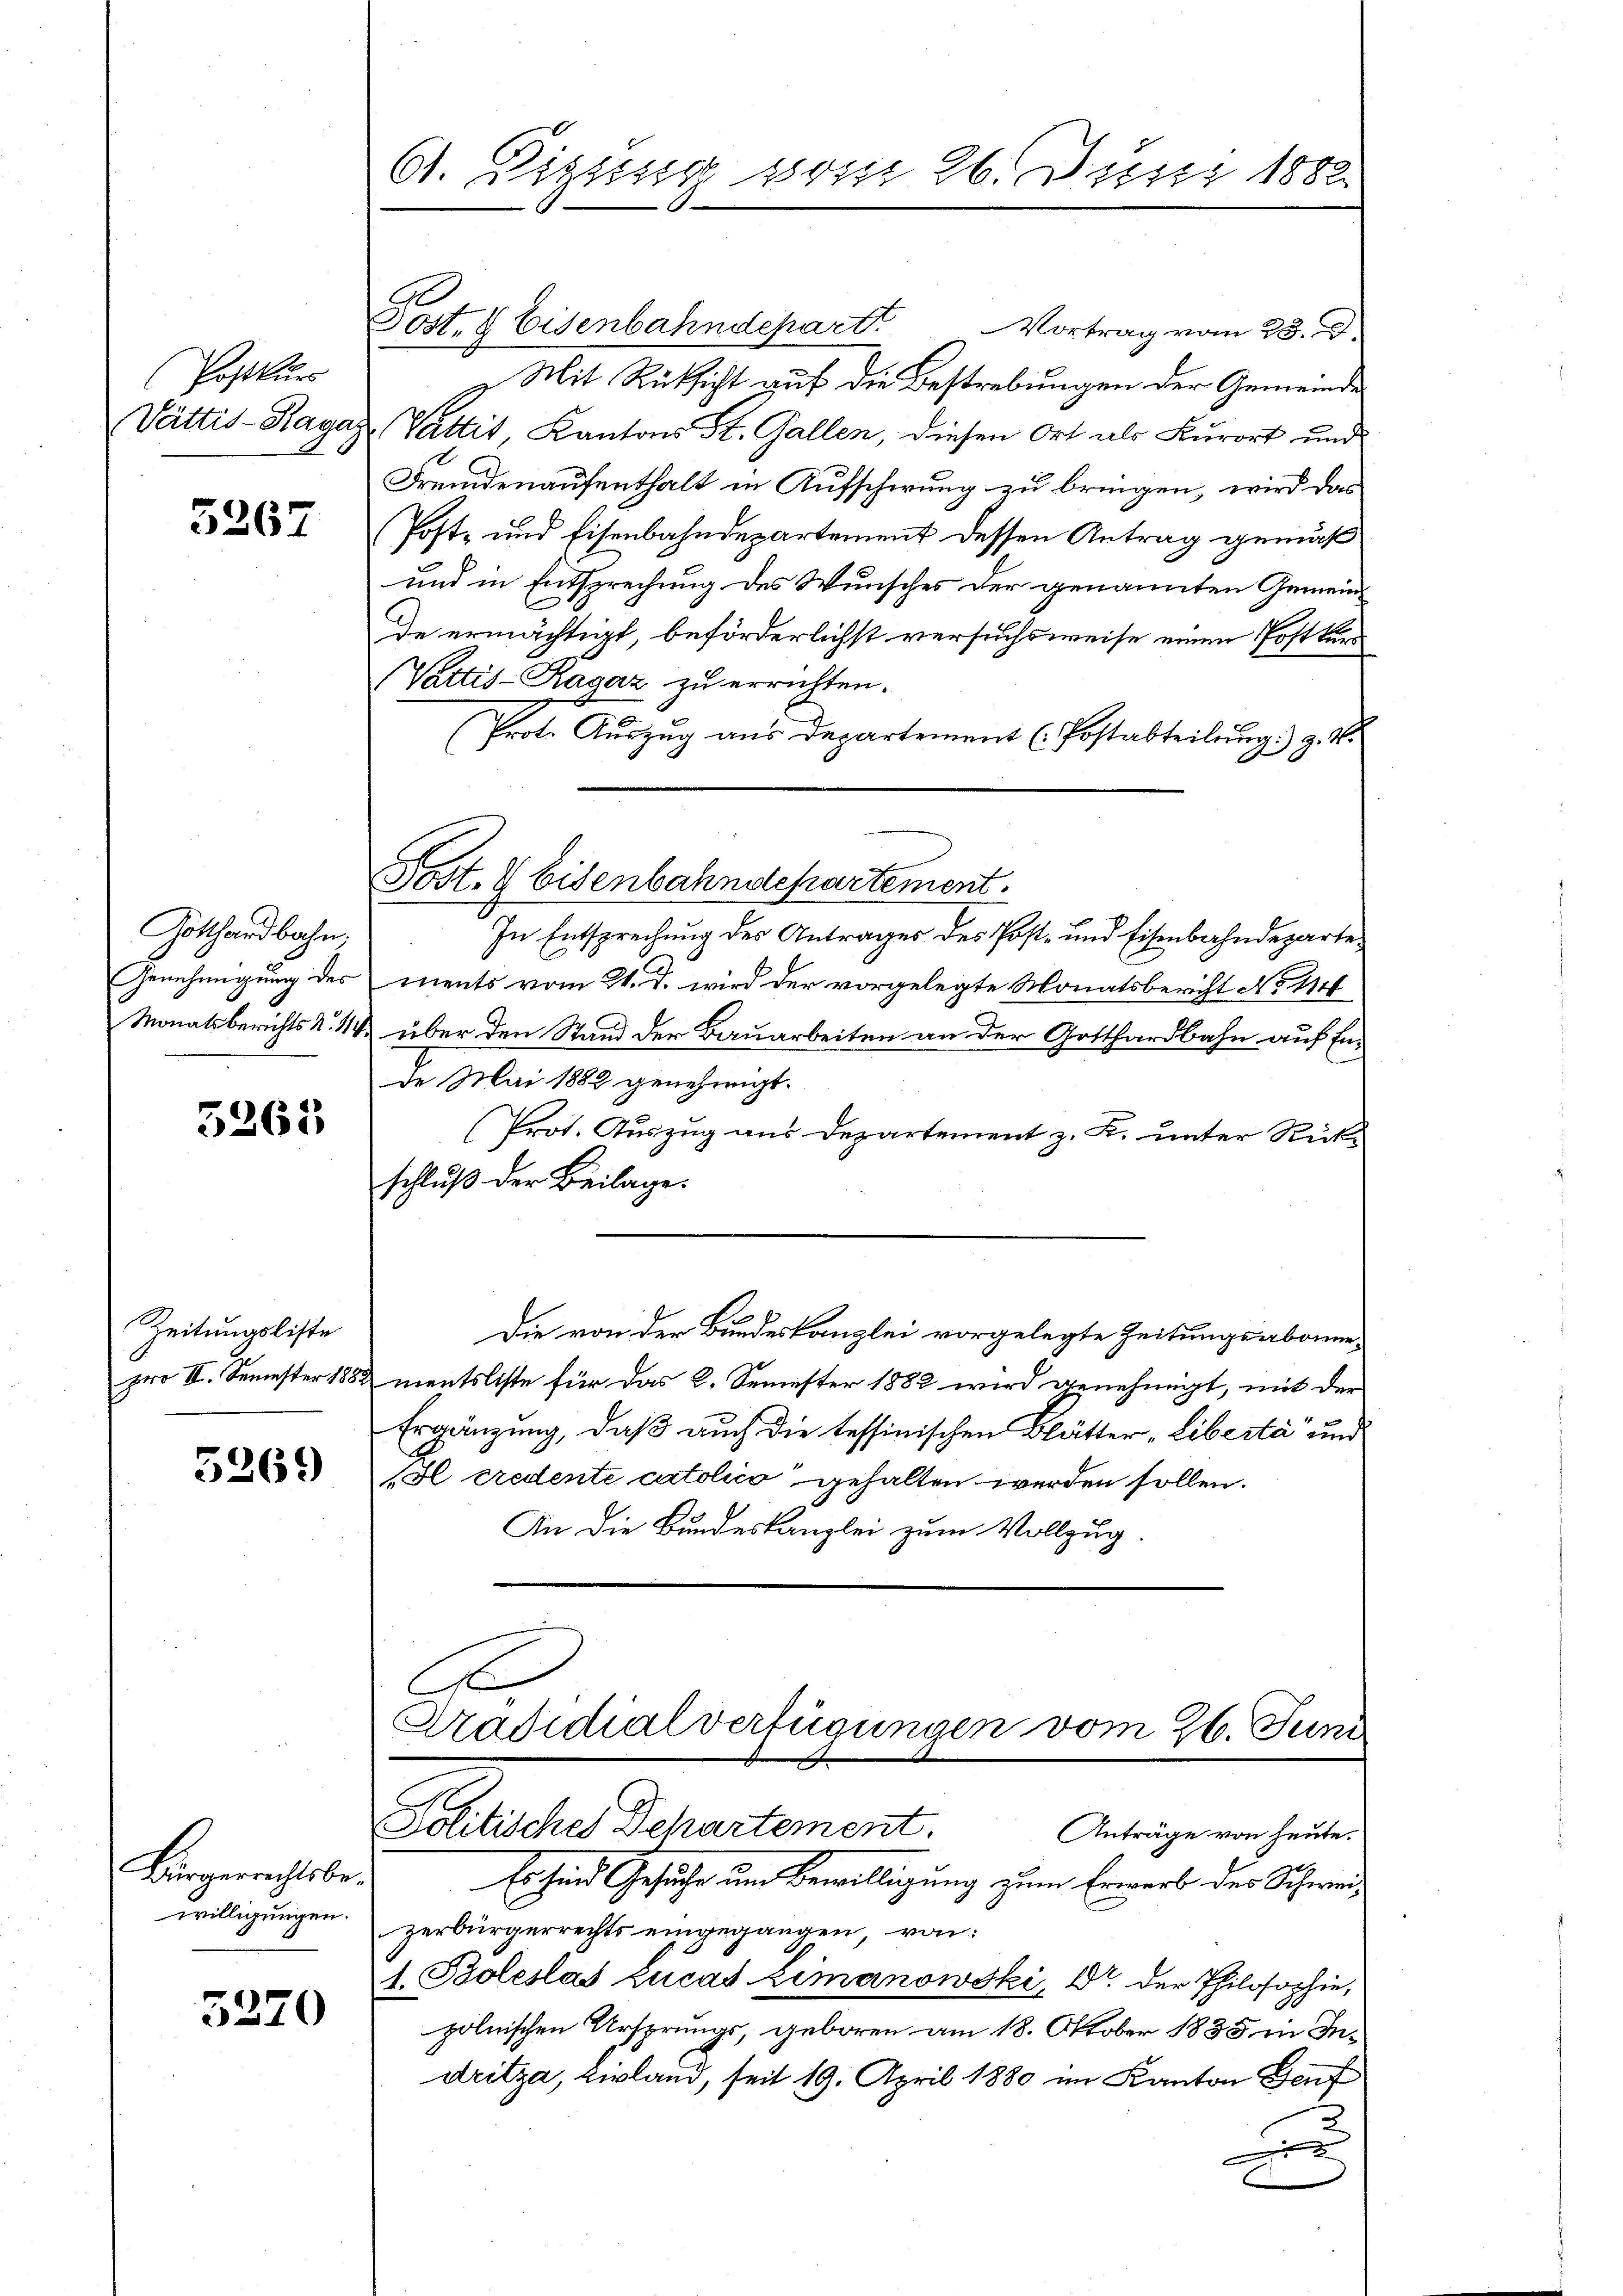
Postkurs

5267

Gotthardbahn,
Genehmigung des
Monatsberichts N. 114

5263

Zeitungsliste

5269

Bürgerrechtsbe-
willigungen.

5220

61. Digung vom 26. Juni 1882

Post. 8 Eisenbahndepart
Vortrag vom 23. d.
Mit Rüksicht auf die Bestrebungen der Gemeinde
Vättis-Ragaz (Vattet, Kantons St. Gallen, diesen Ort als Kurort und
Fremdenaufenthalt in Aufscheung zu bringen, wird das
Post- und Eisenbahndepartement dessen Antrag gemäß
und in Entsprechung des Wunsches der genannten Gemeinde ermächtigt, beförderlichst versuchsweise einen Postkurs
Vattis-Ragaz zu errichten.
(Prot. Auszug aus Departement (Postabteilung) z. B.
In Entsprechung des Antrages des Post- und Eisenbahndeparte
ments vom 21. d. wird der vorgelegte Monatsbericht No 111
& über den Stand der Bauarbeiten an der Gotthardbahn auf Ende Mai 1882 genehmigt.
(Prot. Auszug aus Departement z. K. unter Rükschluß der Beilage.
Die von der Bundeskanzlei vorgelegte Zeitungsabonne-
pro II. Semester 1882 mentsliste für das 2. Semester 1882 wird genehmigt, mit der
Ergänzung, daß auch die tessinischen Blätter-Liberta und
(Sl credente catolico gehalten werden sollen.
An die Bundeskanzlei zum Vollzug
Präsidialverfügungen vom 26. Juni

Post- & Eisenbahndepartement.

Solitisches Dehartement.
Anträge von heute.

Es sind Gesuche um Bewilligung zum Erwerb der Schweizerbürgerrechts eingegangen, von:
1. Boleslas Lucas Limanowski, Dr. der Philosophie,
polnischen Ursprungs, geboren am 18. Oktober 1835 in Indritza, Livland, seit 19. April 1880 im Kanton Genf
e